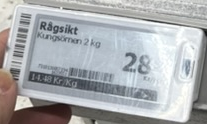
Vara: Rågsikt
Genomsnittspris: 14.48 per kg